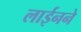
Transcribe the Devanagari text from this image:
लाईनने